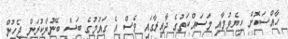
ހާއްސަކޮށް ކިޔެވުމާއި މަސައްކަތުގެ ދާއިރާގައި ވެސް އެ ގައުމުގެ ބަސް ބޭނުންކުރަން ޖެހުން